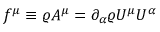
f ^ { \mu } \equiv \varrho A ^ { \mu } = \partial _ { \alpha } \varrho U ^ { \mu } U ^ { \alpha }